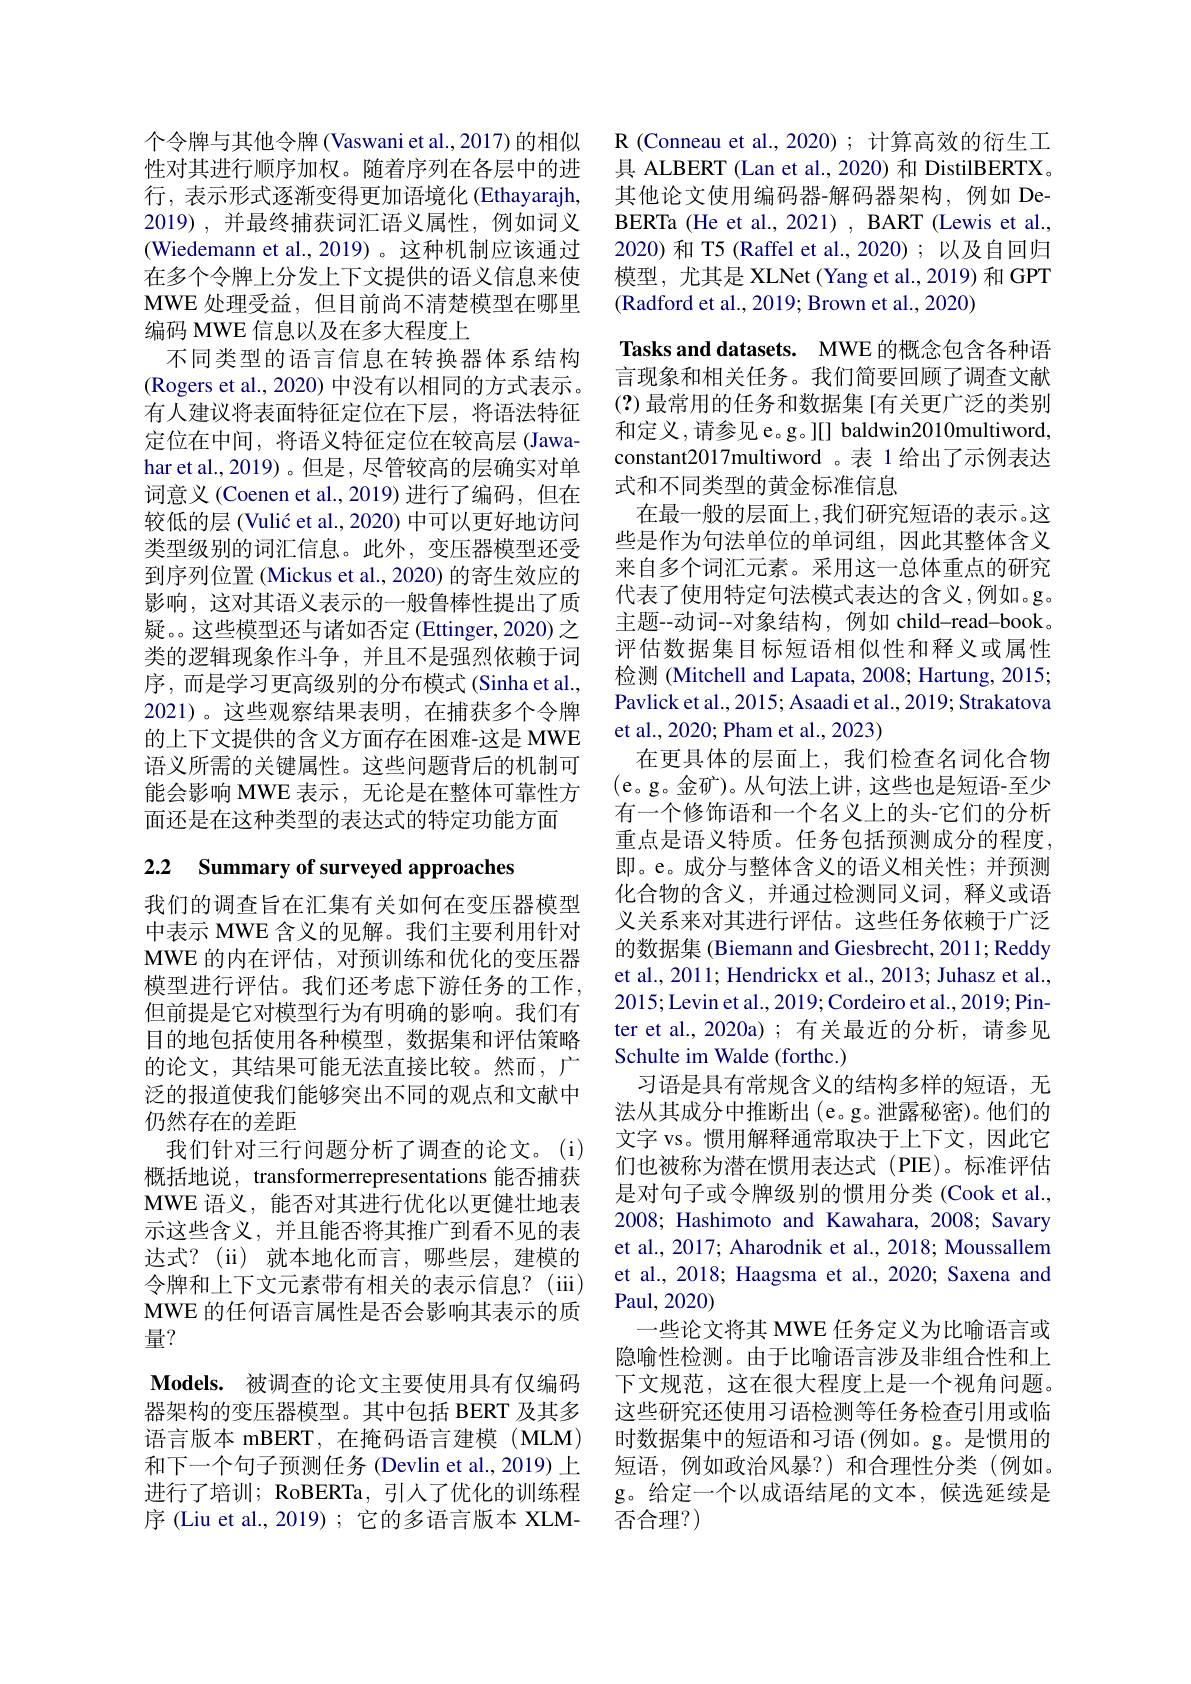
个令牌与其他令牌 (Vaswani et al., 2017) 的相似性对其进行顺序加权。随着序列在各层中的进行，表示形式逐渐变得更加语境化 (Ethayarajh, 2019),并最终捕获词汇语义属性，例如词义(Wiedemann et al.,2019) 。这种机制应该通过在多个令牌上分发上下文提供的语义信息来使MWE 处理受益，但目前尚不清楚模型在哪里编码 MWE 信息以及在多大程度上
不同类型的语言信息在转换器体系结构(Rogers et al., 2020) 中没有以相同的方式表示。有人建议将表面特征定位在下层，将语法特征定位在中间，将语义特征定位在较高层(Jawahar et al., 2019)。但是，尽管较高的层确实对单词意义 (Coenen et al., 2019) 进行了编码，但在较低的层 (Vulić et al., 2020) 中可以更好地访问类型级别的词汇信息。此外，变压器模型还受到序列位置 (Mickus et al., 2020) 的寄生效应的影响，这对其语义表示的一般鲁棒性提出了质疑。。这些模型还与诸如否定 (Ettinger,2020) 之类的逻辑现象作斗争，并且不是强烈依赖于词序，而是学习更高级别的分布模式(Sinha et al., 2021)。这些观察结果表明，在捕获多个令牌的上下文提供的含义方面存在困难-这是 MWE 语义所需的关键属性。这些问题背后的机制可能会影响 MWE 表示，无论是在整体可靠性方面还是在这种类型的表达式的特定功能方面

# 2.2 Summary of surveyed approaches

我们的调查旨在汇集有关如何在变压器模型中表示 MWE 含义的见解。我们主要利用针对MWE 的内在评估，对预训练和优化的变压器模型进行评估。我们还考虑下游任务的工作， 但前提是它对模型行为有明确的影响。我们有目的地包括使用各种模型，数据集和评估策略的论文，其结果可能无法直接比较。然而，广泛的报道使我们能够突出不同的观点和文献中仍然存在的差距
我们针对三行问题分析了调查的论文。(i) 概括地说，transformerrepresentations 能否捕获MWE 语义，能否对其进行优化以更健壮地表示这些含义，并且能否将其推广到看不见的表达式？(ii)就本地化而言，哪些层，建模的令牌和上下文元素带有相关的表示信息？(iii) MWE 的任何语言属性是否会影响其表示的质量？
$\mathbf{Models.}$被调查的论文主要使用具有仅编码器架构的变压器模型。其中包括 BERT 及其多语言版本 mBERT, 在掩码语言建模(MLM) 和下一个句子预测任务 (Devlin et al., 2019) 上进行了培训；RoBERTa, 引人了优化的训练程序 (Liu et al., 2019) ; 它的多语言版本 XLM-

R ( Conneau et al. , 2020) ; 计算高效的衍生工具 ALBERT (Lan et al., 2020) 和 DistilBERTX。其他论文使用编码器-解码器架构，例如 DeBERTa (He et al., 2021) , BART (Lewis et al., 2020) 和 T5 (Raffel et al.,2020);以及自回归模型，尤其是 XLNet (Yang et al.,2019) 和 GPT (Radford et al., 2019; Brown et al., 2020)
Tasks and datasets. MWE 的概念包含各种语言现象和相关任务。我们简要回顾了调查文献(?) 最常用的任务和数据集[有关更广泛的类别和定义，请参见 e。g。][] baldwin2010multiword, constant2017multiword 。表 1 给出了示例表达式和不同类型的黄金标准信息
在最一般的层面上，我们研究短语的表示。这些是作为句法单位的单词组，因此其整体含义来自多个词汇元素。采用这一总体重点的研究代表了使用特定句法模式表达的含义，例如。g。主题--动词--对象结构，例如 child-read-book。评估数据集目标短语相似性和释义或属性检测 (Mitchell and Lapata, 2008; Hartung, 2015; Pavlick et al., 2015; Asaadi et al., 2019; Strakatova et al., 2020; Pham et al., 2023)
在更具体的层面上，我们检查名词化合物(e。g。金矿)。从句法上讲，这些也是短语-至少有一个修饰语和一个名义上的头-它们的分析重点是语义特质。任务包括预测成分的程度， 即。e。成分与整体含义的语义相关性；并预测化合物的含义，并通过检测同义词，释义或语义关系来对其进行评估。这些任务依赖于广泛的数据集 (Biemann and Giesbrecht, 2011; Reddy et al., 2011; Hendrickx et al., 2013; Juhasz et al., 2015; Levin et al., 2019; Cordeiro et al., 2019; Pinter et al., 2020a); 有关最近的分析，请参见Schulte im Walde (forthc.)
习语是具有常规含义的结构多样的短语，无法从其成分中推断出(e。g。泄露秘密)。他们的文字 vs。惯用解释通常取决于上下文，因此它们也被称为潜在惯用表达式(PIE)。标准评估是对句子或令牌级别的惯用分类(Cook et al., 2008; Hashimoto and Kawahara, 2008; Savary et al., 2017; Aharodnik et al., 2018; Moussallem et al., 2018; Haagsma et al., 2020; Saxena and Paul, 2020
一些论文将其 MWE 任务定义为比喻语言或隐喻性检测。由于比喻语言涉及非组合性和上下文规范，这在很大程度上是一个视角问题。这些研究还使用习语检测等任务检查引用或临时数据集中的短语和习语(例如。g。是惯用的短语，例如政治风暴？)和合理性分类(例如。g。给定一个以成语结尾的文本，候选延续是否合理？)